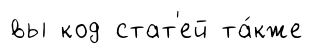
вы код стат'ей та́кже